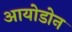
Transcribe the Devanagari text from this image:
आयोडोन